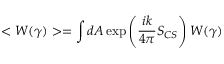
< W ( \gamma ) > = \int d A \exp \left( { \frac { i k } { 4 \pi } } S _ { C S } \right) W ( \gamma )